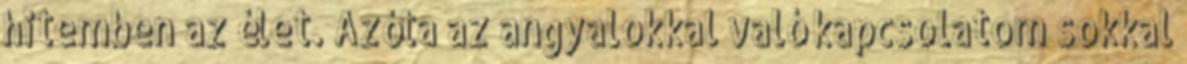
hitemben az élet. Azóta az angyalokkal való kapcsolatom sokkal